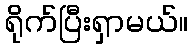
ရိုက်ပြီးရှာမယ်။